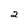
Character: 2